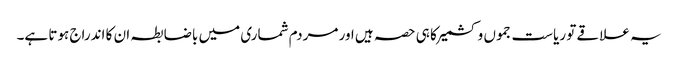
یہ علاقے تو ریاست جموں و کشمیر کا ہی حصہ ہیں اور مردم شماری میں باضابطہ ان کا اندراج ہوتا ہے۔